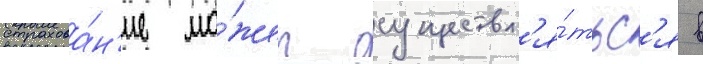
страхова́н'ие мо́жет осуществл'я́тьс'я в